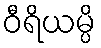
ဝီရိယမ္ပိ